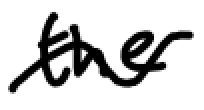
Text: the
Cross-out: wave
Writing tool: digital_black